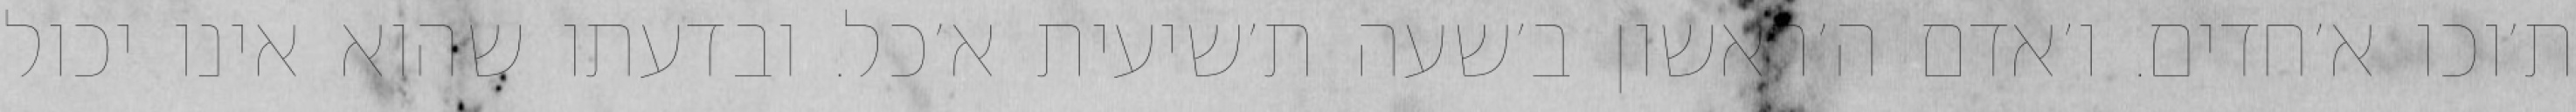
ת׳וכו א׳חדים. ו׳אדם ה׳ראשון ב׳שעה ת׳שיעית א׳כל. ובדעתו שהוא אינו יכול